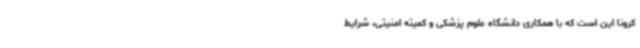
کرونا این است که با همکاری دانشگاه علوم پزشکی و کمیته امنیتی، شرایط